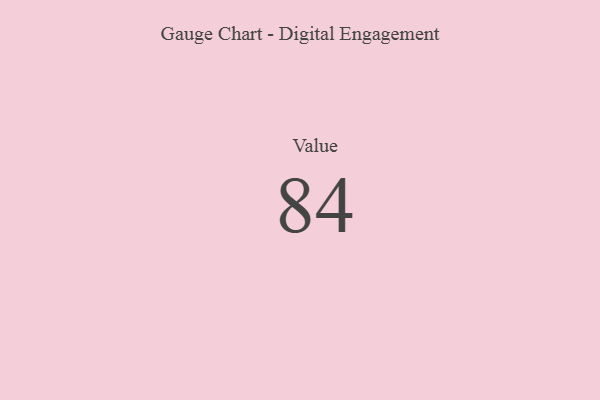
{"axis": {"x": "Metric", "y": "Value"}, "legend": [""], "data": [{"x": "Value", "y": 84, "type": ""}]}